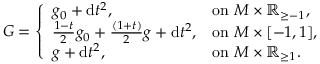
G = \left\{ \begin{array} { l l } { g _ { 0 } + \mathrm { d } t ^ { 2 } , } & { \mathrm { o n ~ } M \times \mathord { \mathbb { R } } _ { \geq - 1 } , } \\ { \frac { 1 - t } { 2 } g _ { 0 } + \frac { ( 1 + t ) } { 2 } g + \mathrm { d } t ^ { 2 } , } & { \mathrm { o n ~ } M \times [ - 1 , 1 ] , } \\ { g + \mathrm { d } t ^ { 2 } , } & { \mathrm { o n ~ } M \times \mathord { \mathbb { R } } _ { \geq 1 } . } \end{array} \right.